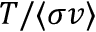
T / \langle \sigma v \rangle